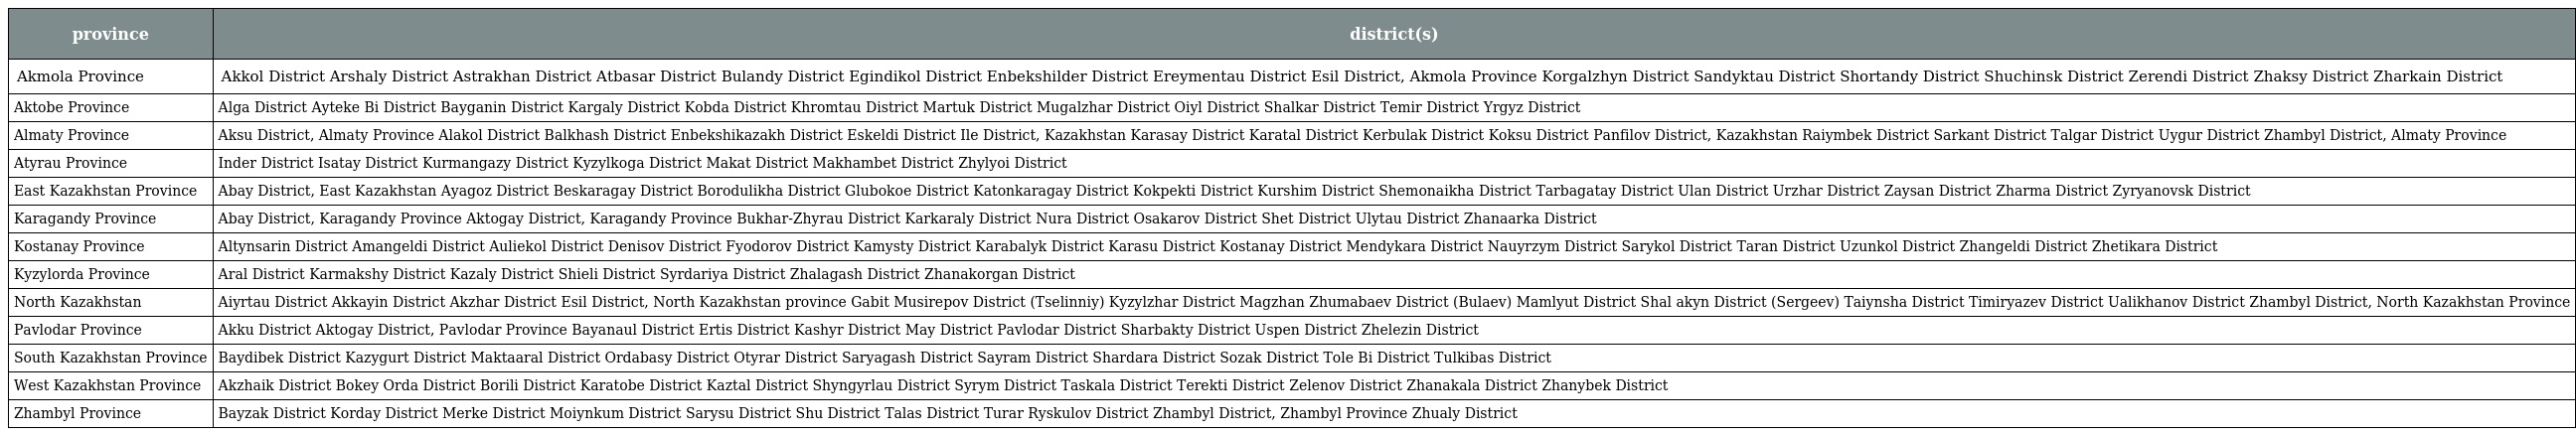
| province | district(s) |
 | --- | --- |
 | Akmola Province | Akkol District Arshaly District Astrakhan District Atbasar District Bulandy District Egindikol District Enbekshilder District Ereymentau District Esil District, Akmola Province Korgalzhyn District Sandyktau District Shortandy District Shuchinsk District Zerendi District Zhaksy District Zharkain District |
 | Aktobe Province | Alga District Ayteke Bi District Bayganin District Kargaly District Kobda District Khromtau District Martuk District Mugalzhar District Oiyl District Shalkar District Temir District Yrgyz District |
 | Almaty Province | Aksu District, Almaty Province Alakol District Balkhash District Enbekshikazakh District Eskeldi District Ile District, Kazakhstan Karasay District Karatal District Kerbulak District Koksu District Panfilov District, Kazakhstan Raiymbek District Sarkant District Talgar District Uygur District Zhambyl District, Almaty Province |
 | Atyrau Province | Inder District Isatay District Kurmangazy District Kyzylkoga District Makat District Makhambet District Zhylyoi District |
 | East Kazakhstan Province | Abay District, East Kazakhstan Ayagoz District Beskaragay District Borodulikha District Glubokoe District Katonkaragay District Kokpekti District Kurshim District Shemonaikha District Tarbagatay District Ulan District Urzhar District Zaysan District Zharma District Zyryanovsk District |
 | Karagandy Province | Abay District, Karagandy Province Aktogay District, Karagandy Province Bukhar-Zhyrau District Karkaraly District Nura District Osakarov District Shet District Ulytau District Zhanaarka District |
 | Kostanay Province | Altynsarin District Amangeldi District Auliekol District Denisov District Fyodorov District Kamysty District Karabalyk District Karasu District Kostanay District Mendykara District Nauyrzym District Sarykol District Taran District Uzunkol District Zhangeldi District Zhetikara District |
 | Kyzylorda Province | Aral District Karmakshy District Kazaly District Shieli District Syrdariya District Zhalagash District Zhanakorgan District |
 | North Kazakhstan | Aiyrtau District Akkayin District Akzhar District Esil District, North Kazakhstan province Gabit Musirepov District (Tselinniy) Kyzylzhar District Magzhan Zhumabaev District (Bulaev) Mamlyut District Shal akyn District (Sergeev) Taiynsha District Timiryazev District Ualikhanov District Zhambyl District, North Kazakhstan Province |
 | Pavlodar Province | Akku District Aktogay District, Pavlodar Province Bayanaul District Ertis District Kashyr District May District Pavlodar District Sharbakty District Uspen District Zhelezin District |
 | South Kazakhstan Province | Baydibek District Kazygurt District Maktaaral District Ordabasy District Otyrar District Saryagash District Sayram District Shardara District Sozak District Tole Bi District Tulkibas District |
 | West Kazakhstan Province | Akzhaik District Bokey Orda District Borili District Karatobe District Kaztal District Shyngyrlau District Syrym District Taskala District Terekti District Zelenov District Zhanakala District Zhanybek District |
 | Zhambyl Province | Bayzak District Korday District Merke District Moiynkum District Sarysu District Shu District Talas District Turar Ryskulov District Zhambyl District, Zhambyl Province Zhualy District |